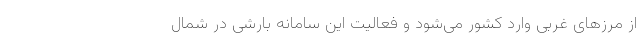
از مرزهای غربی وارد کشور می‌شود و فعالیت این سامانه بارشی در شمال